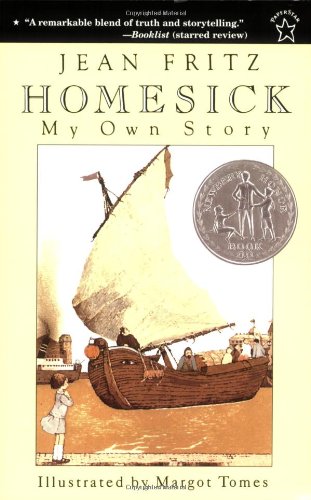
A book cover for Homesick (Novel); Jean Fritz; Children's Books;